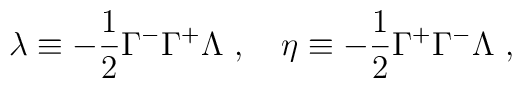
\lambda \equiv - \frac{1}{2} \Gamma^- \Gamma^+ \Lambda ~,~~~\eta \equiv - \frac{1}{2} \Gamma^+ \Gamma^- \Lambda ~,